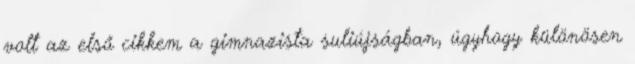
volt az első cikkem a gimnazista suliújságban, úgyhogy különösen